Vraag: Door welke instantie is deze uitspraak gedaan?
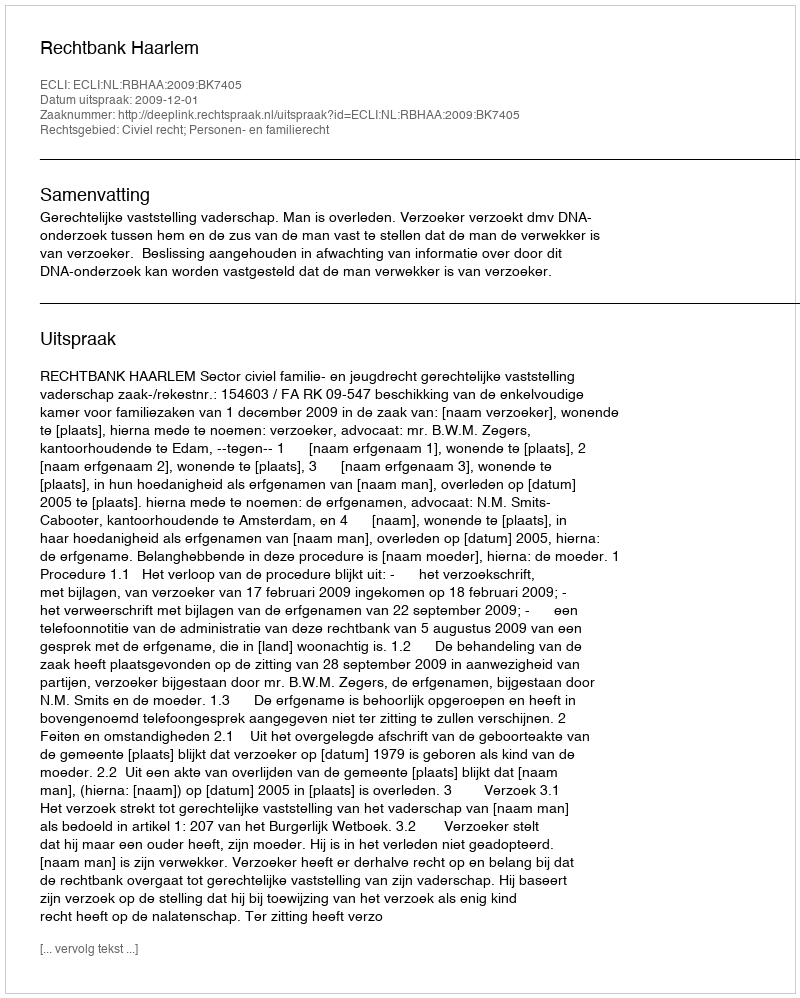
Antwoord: Rechtbank Haarlem